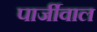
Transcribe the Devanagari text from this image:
पार्जीवाल